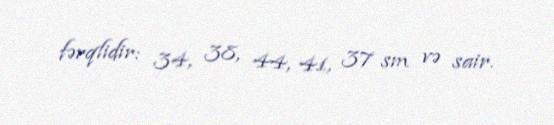
fərqlidir: 34, 38, 44, 41, 37 sm və sair.